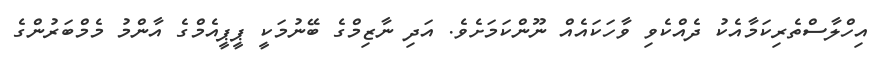
އިހްލާސްތެރިކަމާއެކު ދެއްކެވި ވާހަކައެއް ނޫންކަމަށެވެ. އަދި ނާޒިމްގެ ބޭނުމަކީ ޕީޕީއެމްގެ އާންމު މެމްބަރުންގެ